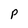
Character: p